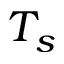
T _ { s }